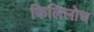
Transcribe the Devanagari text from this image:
किलिलोच